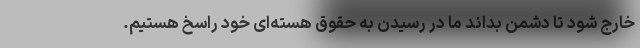
خارج شود تا دشمن بداند ما در رسیدن به حقوق هسته‌ای خود راسخ هستیم.